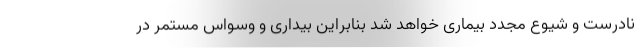
نادرست و شیوع مجدد بیماری خواهد شد بنابراین بیداری و وسواس مستمر در